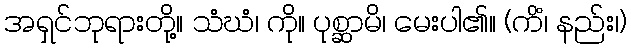
အရှင်ဘုရားတို့။ သံဃံ၊ ကို။ ပုစ္ဆာမိ၊ မေးပါ၏။ (ကိံ၊ နည်း၊)